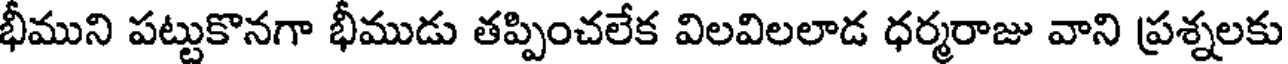
భీముని పట్టుకొనగా భీముడు తప్పించలేక విలవిలలాడ ధర్మరాజు వాని ప్రశ్నలకు